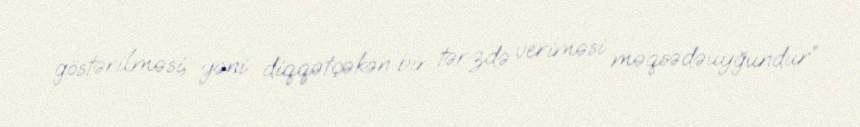
göstərilməsi, yəni diqqətçəkən bir tərzdə veriməsi məqsədəuyğundur”.